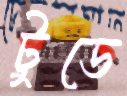
টুডে